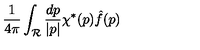
{ \frac { 1 } { 4 \pi } } \int _ { \cal R } { \frac { d p } { | p | } } \chi ^ { * } ( p ) { \hat { f } } ( p )